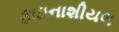
ફાઇનાશીયલ